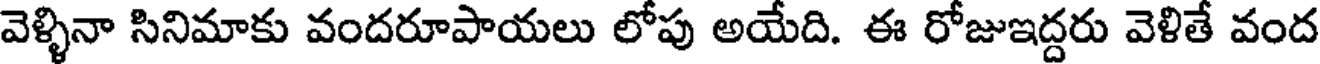
వెళ్ళినా సినిమాకు వందరూపాయలు లోపు అయేది. ఈ రోజుఇద్దరు వెళితే వంద